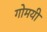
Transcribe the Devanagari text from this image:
गोमयी